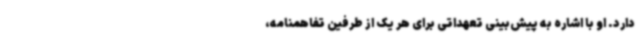
دارد. او با اشاره به پیش‌بینی تعهداتی برای هر یک از طرفین تفاهمنامه،